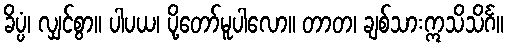
ခိပ္ပံ၊ လျှင်စွာ။ ပါပယ၊ ပို့တော်မူပါလော။ တာတ၊ ချစ်သားဣသိသိင်္ဂ။